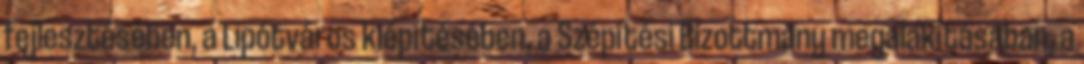
fejlesztésében, a Lipótváros kiépítésében, a Szépítési Bizottmány megalakításában, a